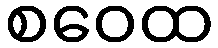
စဝေထ